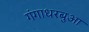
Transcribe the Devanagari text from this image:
गंगाधरबुआ